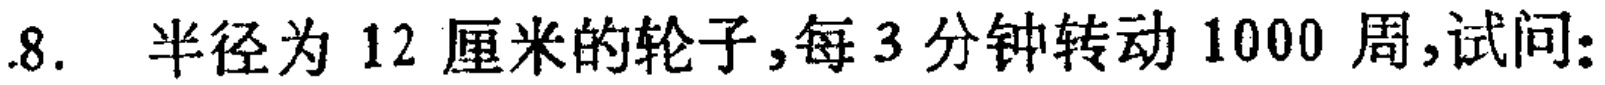
8. 半径为 12 厘米的轮子,每 3 分钟转动 1000 周,试问: